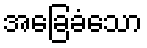
အခြေခံသော